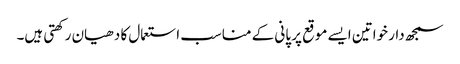
سمجھ دار خواتین ایسے موقع پر پانی کے مناسب استعمال کا دھیان رکھتی ہیں۔